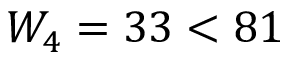
W _ { 4 } = 3 3 < 8 1